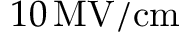
1 0 \ensuremath { \, \mathrm { M V / c m } }